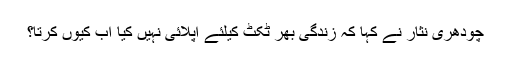
چودھری نثار نے کہا کہ زندگی بھر ٹکٹ کیلئے اپلائی نہیں کیا اب کیوں کرتا؟